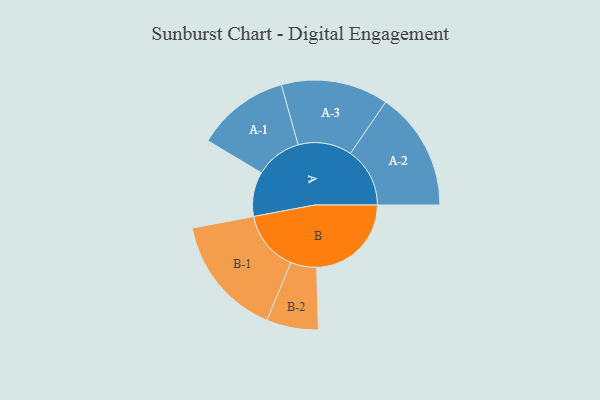
{"axis": {"x": "Segment", "y": "Value"}, "legend": ["", "A", "B"], "data": [{"x": "A", "y": 215, "type": ""}, {"x": "B", "y": 457, "type": ""}, {"x": "A-1", "y": 224, "type": "A"}, {"x": "A-2", "y": 287, "type": "A"}, {"x": "A-3", "y": 259, "type": "A"}, {"x": "B-1", "y": 293, "type": "B"}, {"x": "B-2", "y": 125, "type": "B"}]}